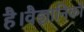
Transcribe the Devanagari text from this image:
है।वैज्ञानिकों